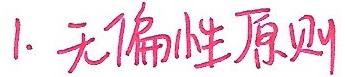
1. 无偏性原则